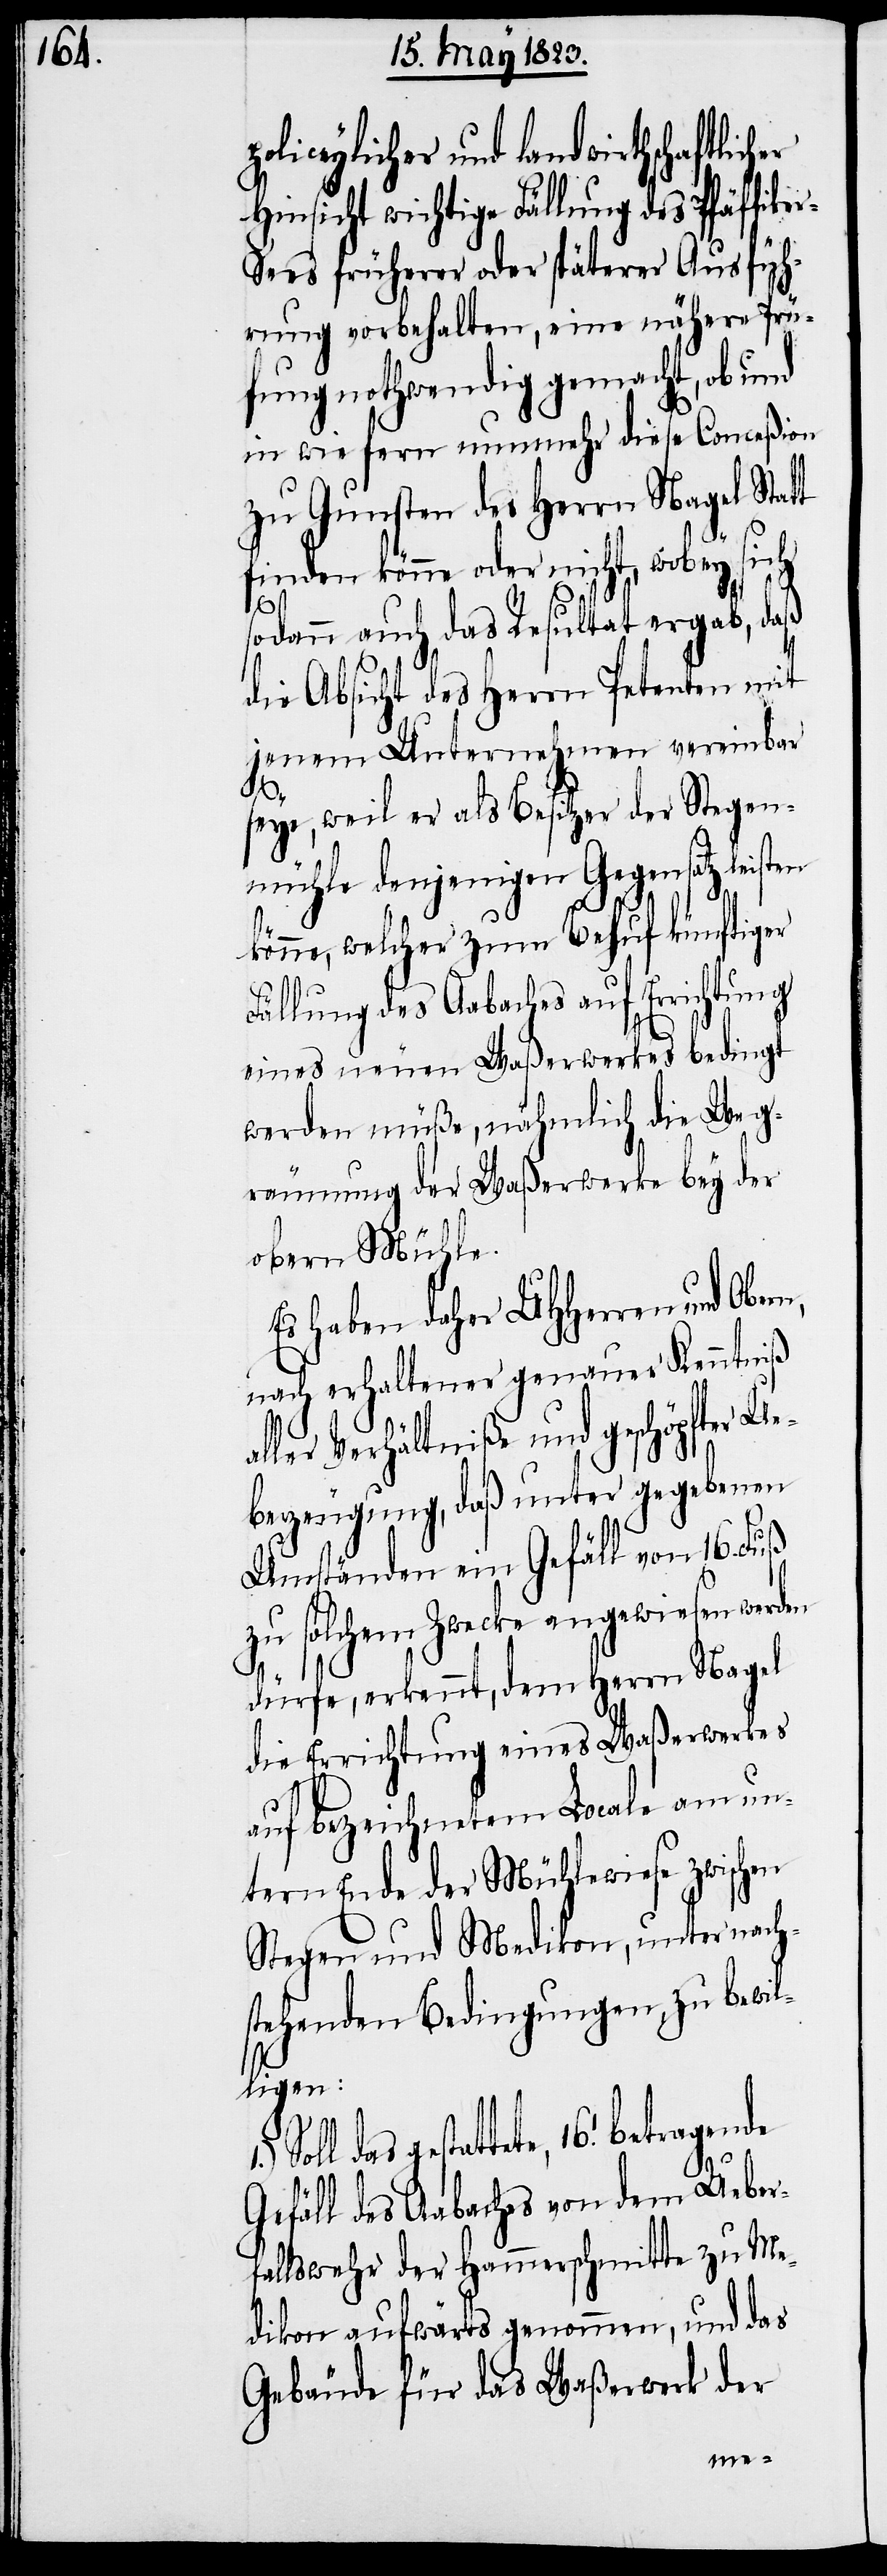
policeylicher und landwirthschaftlic¬
Hinsicht wichtige Fällung des Pfäffike¬
r-Sees früherer oder späterer Ausfüh¬
rung vorbehalten, eine nähere Prü¬
fung nothwendig gemacht, ob und
in wie fern nunmehr diese Conceßion
zu Gunsten des Herrn Nagel Statt
finden könne oder nicht, wobey sich
sodann auch das Resultat ergab, daß
1.)
die Absicht des Herrn Petenten mit
jenem Unternehmen vereinbar
a¬
seye, weil er als Besitzer der Stegen¬
mühle denjenigen Gegensatz leisten
könne, welcher zum Behuf künftiger
Fällung des Aabaches auf Errichtung
eines neuen Waßerwerkes bedingt
werden müße, nähmlich die Weg¬
räumung der Waßerwerke bey der
obern Mühle.
Es haben daher UHHerren und Ober¬
nach erhaltener genauer Kenntniß
ller Verhältniße und geschöpfter U¬
eberzeugung, daß unter gegebenen
Umständen ein Gefäll von 16. Fuß
zu solchem Zwecke angewiesen werden
dürfe, erkennt, dem Herrn Nagel
die Errichtung eines Waßerwerkes
auf bezeichnetem Locale am un¬
tern Ende der Mühlewiese zwischen
Stegen und Medikon, unter nach¬
stehenden Bedingungen, zu bewil¬
ligen:
das gestattete, 16.‘ betragende
Gefäll des Aabaches von dem Ueber¬
fallswehr der Hammerschmitte zu Me¬
dikon aufwärts genommen, und das
Gebäude für das Waßerwerk der